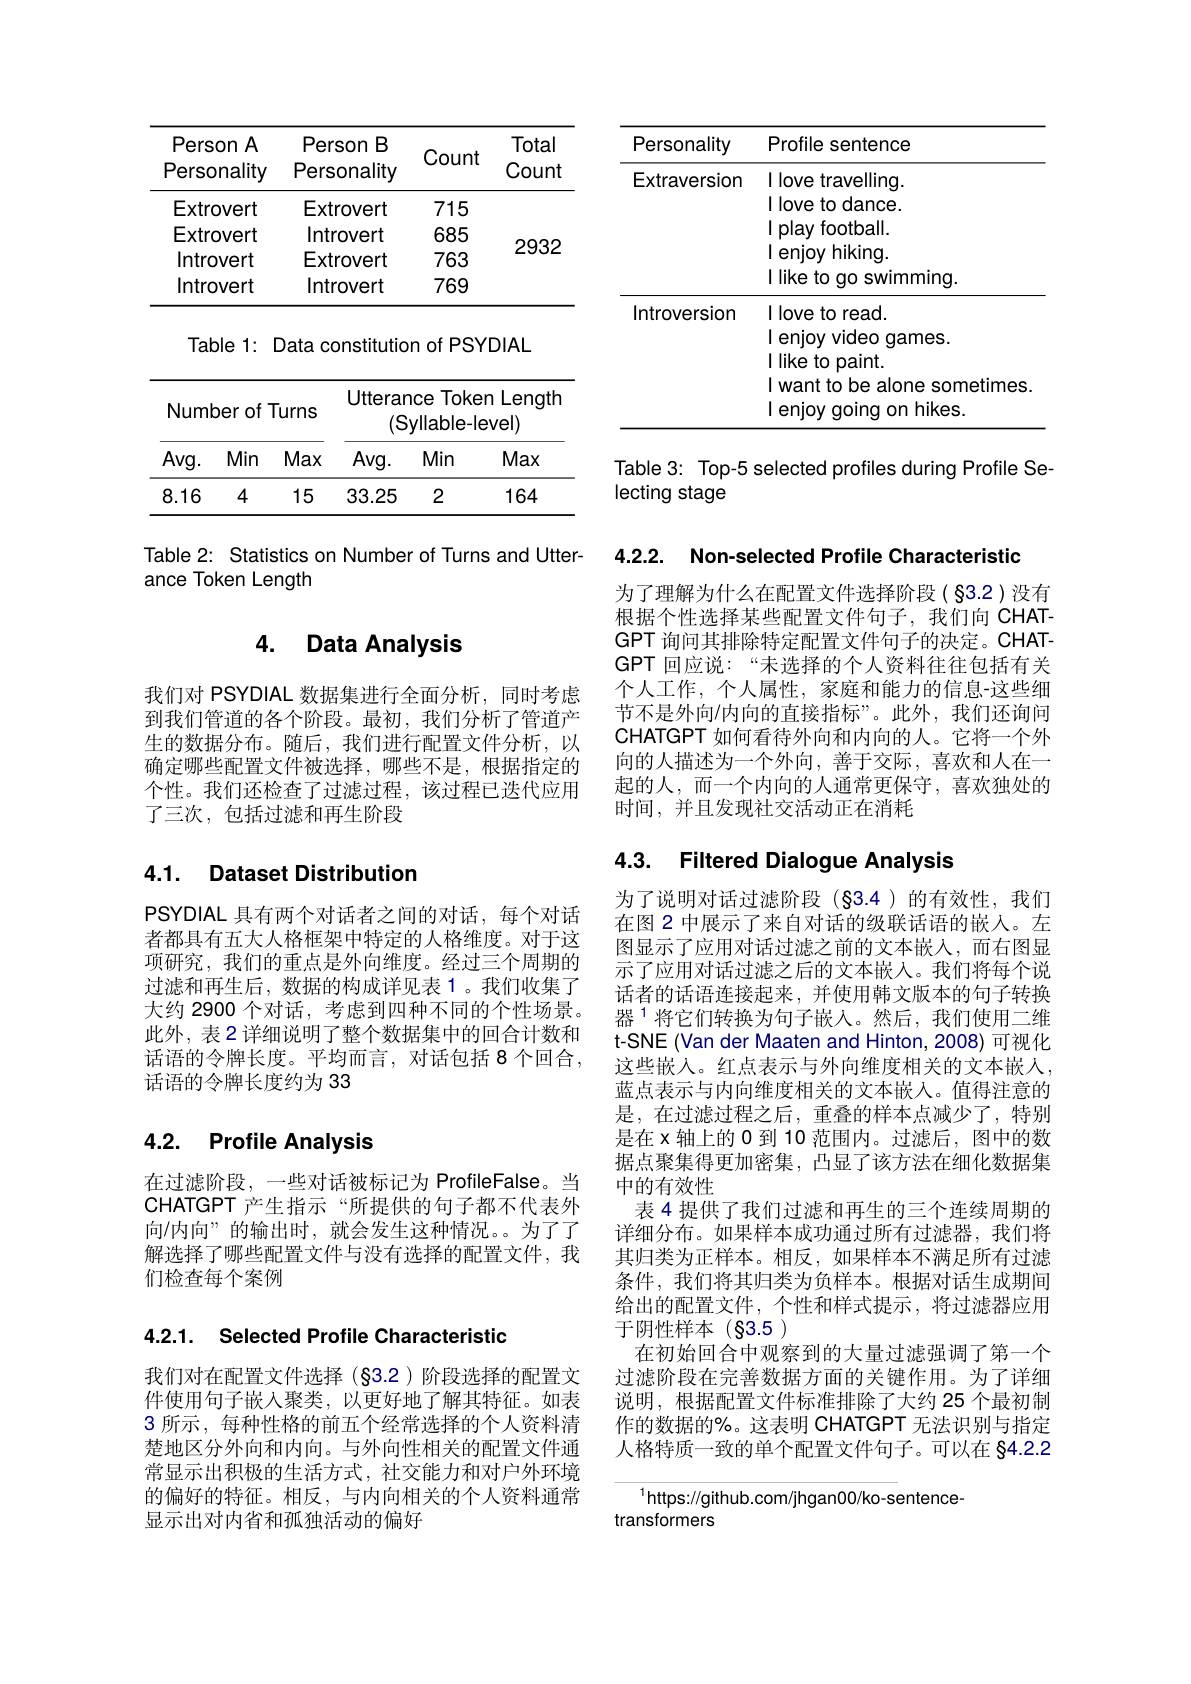
<table>
	<tbody>
		<tr>
			<th>Person A Personality</th>
			<th>Person $B$ Personality</th>
			<th>Count</th>
			<th>Total Count</th>
		</tr>
		<tr>
			<th>Person A Personality</th>
			<th>Person B 1F Personality</th>
			<th>Count</th>
			<th>Total Count</th>
		</tr>
		<tr>
			<td>Extrovert</td>
			<td>Extrovert</td>
			<td>715</td>
			<td> </td>
		</tr>
		<tr>
			<td>Extrovert</td>
			<td>Introvert</td>
			<td>685</td>
			<td> </td>
		</tr>
		<tr>
			<td>Introvert</td>
			<td>Extrovert</td>
			<td>763</td>
			<td>$\angle93\angle$</td>
		</tr>
		<tr>
			<td>Introvert</td>
			<td>Introvert</td>
			<td>769</td>
			<td> </td>
		</tr>
	</tbody>
</table>

Table 1: Data constitution of PSYDIAL

<table>
	<tbody>
		<tr>
			<th>Numl</th>
			<th colspan="2">Number of Turns</th>
			<th colspan="3">Token Length Utterance (Syllable-level)</th>
		</tr>
		<tr>
			<th>Avg.</th>
			<th>Min</th>
			<th>Max</th>
			<th>$Avg.$</th>
			<th>Min</th>
			<th>Max</th>
		</tr>
		<tr>
			<td>8.16</td>
			<td>4</td>
			<td>15</td>
			<td>33.25</td>
			<td>2</td>
			<td>164</td>
		</tr>
	</tbody>
</table>

Table 2: Statistics on Number of Turns and Utter-
ance Token Length

### 4. Data Analvsis

我们对 PSYDIAL 数据集进行全面分析，同时考虑到我们管道的各个阶段。最初，我们分析了管道产生的数据分布。随后，我们进行配置文件分析，以确定哪些配置文件被选择，哪些不是，根据指定的个性。我们还检查了过滤过程，该过程已迭代应用了三次，包括过滤和再生阶段

### 4.1. Dataset Distribution

PSYDIAL 具有两个对话者之间的对话，每个对话者都具有五大人格框架中特定的人格维度。对于这项研究，我们的重点是外向维度。经过三个周期的过滤和再生后，数据的构成详见表 1。我们收集了大约 2900 个对话，考虑到四种不同的个性场景。此外，表 2 详细说明了整个数据集中的回合计数和话语的令牌长度。平均而言，对话包括 8 个回合， 话语的令牌长度约为 33

## 4.2. Profile Analysis

在过滤阶段，一些对话被标记为 ProfileFalse。当CHATGPT 产生指示“所提供的句子都不代表外向/内向”的输出时，就会发生这种情况。为了了解选择了哪些配置文件与没有选择的配置文件，我们检查每个案例

4.2.1. Selected Profile Characteristic

我们对在配置文件选择(§3.2)阶段选择的配置文件使用句子嵌入聚类，以更好地了解其特征。如表3 所示，每种性格的前五个经常选择的个人资料清楚地区分外向和内向。与外向性相关的配置文件通常显示出积极的生活方式，社交能力和对户外环境的偏好的特征。相反，与内向相关的个人资料通常显示出对内省和孤独活动的偏好

<table>
	<tbody>
		<tr>
			<th>Personality</th>
			<th>Profile sentence</th>
		</tr>
		<tr>
			<td> </td>
			<td>l enioy going on hikes.</td>
		</tr>
	</tbody>
</table>

Table 3: Top-5 selected profiles during Profile Se-
lecting stage

4.2.2. Non-selected Profile Characteristic

为了理解为什么在配置文件选择阶段(§3.2)没有根据个性选择某些配置文件句子，我们向 CHATGPT 询问其排除特定配置文件句子的决定。CHATGPT 回应说：“未选择的个人资料往往包括有关个人工作，个人属性，家庭和能力的信息-这些细节不是外向/内向的直接指标”。此外，我们还询问CHATGPT 如何看待外向和内向的人。它将一个外向的人描述为一个外向，善于交际，喜欢和人在一起的人，而一个内向的人通常更保守，喜欢独处的时间，并且发现社交活动正在消耗

## 4.3. Filtered Dialogue Analysis

为了说明对话过滤阶段(83.4)的有效性，我们在图 2 中展示了来自对话的级联话语的嵌人。左图显示了应用对话过滤之前的文本嵌入，而右图显示了应用对话过滤之后的文本嵌人。我们将每个说话者的话语连接起来，并使用韩文版本的句子转换器$^{1}$将它们转换为句子嵌入。然后，我们使用二维t-SNE (Van der Maaten and Hinton, 2008) 可视化这些嵌入。红点表示与外向维度相关的文本嵌人， 蓝点表示与内向维度相关的文本嵌人。值得注意的是，在过滤过程之后，重叠的样本点减少了，特别是在x轴上的0 到 10 范围内。过滤后，图中的数据点聚集得更加密集，凸显了该方法在细化数据集中的有效性
表 4 提供了我们过滤和再生的三个连续周期的详细分布。如果样本成功通过所有过滤器，我们将其归类为正样本。相反，如果样本不满足所有过滤条件，我们将其归类为负样本。根据对话生成期间给出的配置文件，个性和样式提示，将过滤器应用于阴性样本(§3.5)
在初始回合中观察到的大量过滤强调了第一个过滤阶段在完善数据方面的关键作用。为了详细说明，根据配置文件标准排除了大约 25 个最初制作的数据的%。这表明 CHATGPT 无法识别与指定人格特质一致的单个配置文件句子。可以在$\$4.2.2$

$^{1}$https://github.com/jhgan00/ko-sentence-
transformers